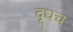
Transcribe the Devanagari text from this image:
दूधच